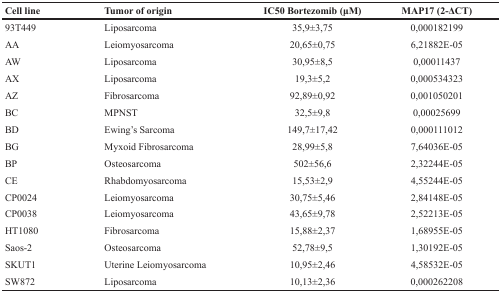
| Cell line | Tumor of origin | IC50 Bortezomib (μM) | MAP17 (2-ΔCT) |
 | --- | --- | --- | --- |
 | 93T449 | Liposarcoma | 35,9±3,75 | 0,000182199 |
 | AA | Leiomyosarcoma | 20,65±0,75 | 6,21882E-05 |
 | AW | Liposarcoma | 30,95±8,5 | 0,00011437 |
 | AX | Liposarcoma | 19,3±5,2 | 0,000534323 |
 | AZ | Fibrosarcoma | 92,89±0,92 | 0,001050201 |
 | BC | MPNST | 32,5±9,8 | 0,00025699 |
 | BD | Ewing's Sarcoma | 149,7±17,42 | 0,000111012 |
 | BG | Myxoid Fibrosarcoma | 28,99±5,8 | 7,64036E-05 |
 | BP | Osteosarcoma | 502±56,6 | 2,32244E-05 |
 | CE | Rhabdomyosarcoma | 15,53±2,9 | 4,55244E-05 |
 | CP0024 | Leiomyosarcoma | 30,75±5,46 | 2,84148E-05 |
 | CP0038 | Leiomyosarcoma | 43,65±9,78 | 2,52213E-05 |
 | HT1080 | Fibrosarcoma | 15,88±2,37 | 1,68955E-05 |
 | Saos-2 | Osteosarcoma | 52,78±9,5 | 1,30192E-05 |
 | SKUT1 | Uterine Leiomyosarcoma | 10,95±2,46 | 4,58532E-05 |
 | SW872 | Liposarcoma | 10,13±2,36 | 0,000262208 |